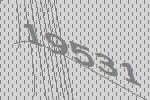
19531